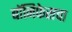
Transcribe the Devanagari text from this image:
बॉनिफेसचा